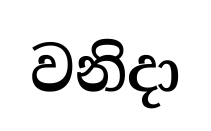
වනිදා